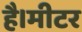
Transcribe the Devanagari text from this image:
है।मीटर